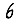
Digit: 6